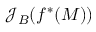
\mathcal { J } _ { B } ( f ^ { * } ( M ) )